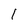
Character: 1